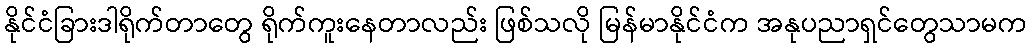
နိုင်ငံခြားဒါရိုက်တာတွေ ရိုက်ကူးနေတာလည်း ဖြစ်သလို မြန်မာနိုင်ငံက အနုပညာရှင်တွေသာမက